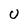
Character: U